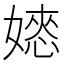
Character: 𡡌